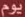
يوم